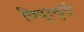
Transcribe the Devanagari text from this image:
विदुरकुटी